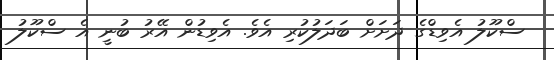
ސްކޫލު އެވިޑްގެ ދަށަށް ބަދަލުކުރި އެވެ. އެވިޑުން އޭރު ބުނީ އެ ސްކޫލު